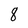
Character: 8